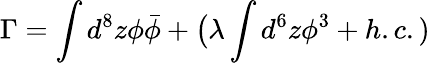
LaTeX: \Gamma=\int d^{8}z\phi\bar{\phi}+\big(\lambda\int d^{6}z{\phi}^{3}+h.c.)